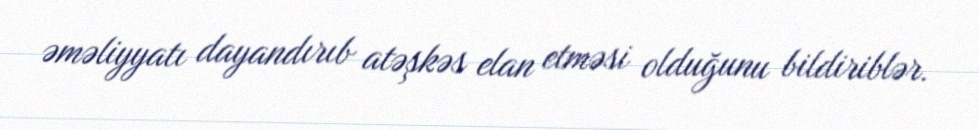
əməliyyatı dayandırıb atəşkəs elan etməsi olduğunu bildiriblər.